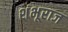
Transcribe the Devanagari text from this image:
शंभूराज